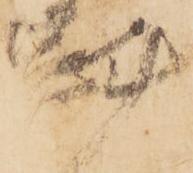
斟